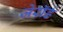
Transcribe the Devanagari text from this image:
जेरॉर्ड